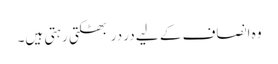
وہ انصاف کے لیے در در بھٹکتی رہتی ہیں۔